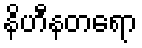
နိဟီနတရော